Reports on military cantonments and civil stations in the Presidency of Bombay inspected by the Sanitary Commissioner in the years 1875 and 1876
Year: 1875
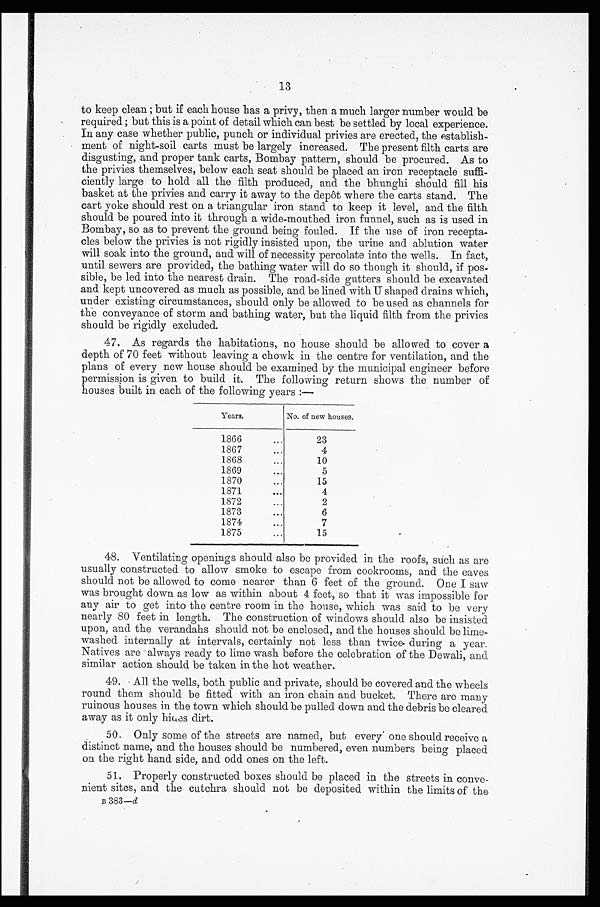
13
to keep clean; but if each house has a privy, then a much larger number would be
required; but this is a point of detail which can best be settled by local experience.
In any case whether public, punch or individual privies are erected, the establish
-ment of night-soil carts must be largely increased. The present filth carts are
disgusting, and proper tank carts, Bombay pattern, should be procured. As to
the privies themselves, below each seat should be placed an iron receptacle suffi
-ciently large to hold all the filth produced, and the bhunghi should fill his
basket at the privies and carry it away to the depôt where the carts stand. The
cart yoke should rest on a triangular iron stand to keep it level, and the filth
should be poured into it through a wide-mouthed iron funnel, such as is used in
Bombay, so as to prevent the ground being fouled. If the use of iron recepta
-cles below the privies is not rigidly insisted upon, the urine and ablution water
will soak into the ground, and will of necessity percolate into the wells. In fact,
until sewers are provided, the bathing water will do so though it should, if pos
-sible, be led into the nearest drain. The road-side gutters should be excavated
and kept uncovered as much as possible, and be lined with U shaped drains which,
under existing circumstances, should only be allowed to be used as channels for
the conveyance of storm and bathing water, but the liquid filth from the privies
should be rigidly excluded.
47. As regards the habitations, no house should be allowed to cover a
depth of 70 feet without leaving a chowk in the centre for ventilation, and the
plans of every new house should be examined by the municipal engineer before
permission is given to build it. The following return shows the number of
houses built in each of the following years :—
Years.
No. of new houses.
1866 . . .
23
1867 . . .
4
1868 . . .
10
1869 . . .
5
1870 . . .
15
1871 . . .
4
1872 . . .
2
1873 . . .
6
1874 . . .
7
1875 . . .
15
48. Ventilating openings should also be provided in the roofs, such as are
usually constructed to allow smoke to escape from cookrooms, and the eaves
should not be allowed to come nearer than 6 feet of the ground. One I saw
was brought down as low as within about 4 feet, so that it was impossible for
any air to get into the centre room in the house, which was said to be very
nearly 80 feet in length. The construction of windows should also be insisted
upon, and the verandahs should not be enclosed, and the houses should be lime-
washed internally at intervals, certainly not less than twice during a year.
Natives are always ready to lime wash before the celebration of the Dewali, and
similar action should be taken in the hot weather.
49. All the wells, both public and private, should be covered and the wheels
round them should be fitted with an iron chain and bucket. There are many
ruinous houses in the town which should be pulled down and the debris be cleared
away as it only hides dirt.
50. Only some of the streets are named, but every one should receive a
distinct name, and the houses should be numbered, even numbers being placed
on the right hand side, and odd ones on the left.
51. Properly constructed boxes should be placed in the streets in conve
-nient sites, and the cutchra should not be deposited within the limits of the
B 3 8 3 —
d